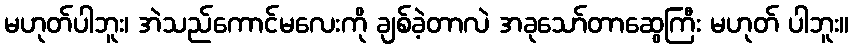
မဟုတ်ပါဘူး၊ အဲသည်ကောင်မလေးကို ချစ်ခဲ့တာလဲ အခုသော်တာဆွေကြီး မဟုတ် ပါဘူး။